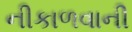
નીકાળવાની